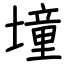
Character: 墥